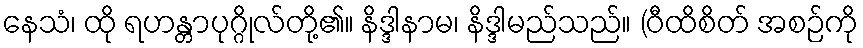
နေသံ၊ ထို ရဟန္တာပုဂ္ဂိုလ်တို့၏။ နိဒ္ဒါနာမ၊ နိဒ္ဒါမည်သည်။ (ဝီထိစိတ် အစဉ်ကို